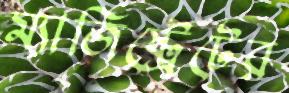
ম্যাজিষ্ট্রেটের